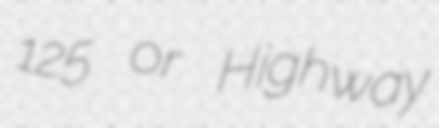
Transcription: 125 or Highway